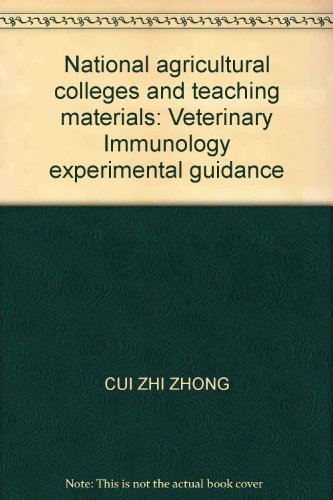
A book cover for National agricultural colleges and teaching materials: Veterinary Immunology experimental guidance; CUI ZHI ZHONG; Medical Books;